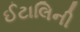
ઈટાલિની